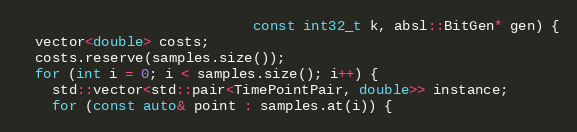
Language: C++
                            const int32_t k, absl::BitGen* gen) {
  vector<double> costs;
  costs.reserve(samples.size());
  for (int i = 0; i < samples.size(); i++) {
    std::vector<std::pair<TimePointPair, double>> instance;
    for (const auto& point : samples.at(i)) {